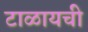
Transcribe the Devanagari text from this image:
टाळायची